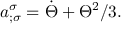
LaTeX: a _ { ; \sigma } ^ { \sigma } = \dot { \Theta } + \Theta ^ { 2 } / 3 .